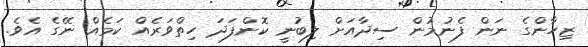
ޒިހާންގެ ނަން ފެނުމުން ސިދާއަށް ލިބުނީ ކޮންފަދަ ހިތްވަރެއް ކަމެއް ނޭގެ އެވެ.